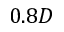
0 . 8 D